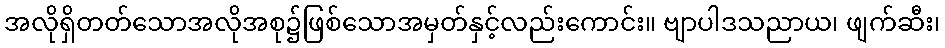
အလိုရှိတတ်သောအလိုအစု၌ဖြစ်သောအမှတ်နှင့်လည်းကောင်း။ ဗျာပါဒသညာယ၊ ဖျက်ဆီး၊